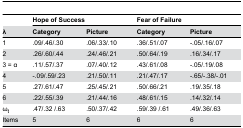
<table><thead><tr><td></td><td colspan="2"><b>Hope of Success</b></td><td colspan="2"><b>Fear of Failure</b></td></tr><tr><td><b>λ</b></td><td><b>Category</b></td><td><b>Picture</b></td><td><b>Category</b></td><td><b>Picture</b></td></tr></thead><tbody><tr><td>1</td><td>.09/.46/.30</td><td>.06/.33/.10</td><td>.36/.51/.07</td><td>-.05/.16/.07</td></tr><tr><td>2</td><td>.26/.60/.44</td><td>.24/.46/.21</td><td>.50/.64/.19</td><td>.16/.34/.17</td></tr><tr><td>3 = α</td><td>.11/.57/.37</td><td>.07/.40/.12</td><td>.43/.61/.08</td><td>-.05/.19/.08</td></tr><tr><td>4</td><td>-.09/.59/.23</td><td>.21/.50/.11</td><td>.21/.47/.17</td><td>-.65/-.38/-.01</td></tr><tr><td>5</td><td>.27/.61/.47</td><td>.25/.45/.21</td><td>.50/.66/.21</td><td>.19/.35/.18</td></tr><tr><td>6</td><td>.22/.55/.39</td><td>.21/.44/.16</td><td>.48/.61/.15</td><td>.14/.32/.14</td></tr><tr><td>ω<sub>t</sub></td><td>.47/.32 /.63</td><td>.50/.37/.42</td><td>.59/.39 /.61</td><td>.49/.36/.63</td></tr><tr><td>Items</td><td>5</td><td>6</td><td>6</td><td>6</td></tr></tbody></table>